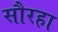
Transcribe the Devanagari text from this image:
सौरहा